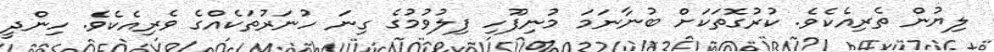
ލިޔުން ތެރިއެކެވެ. ކުރުގޮތަކަށް ބުނާނަމަ މުނިފޫހި ފިލުވުމުގެ ގިނަ ހުނަރުތަކެއްގެ ވެރިއެކެވެ. ހިންދީ